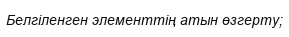
Белгіленген элементтің атын өзгерту;